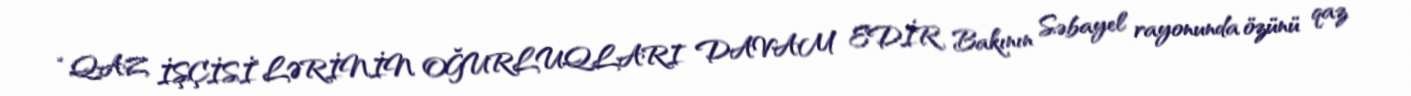
“QAZ İŞÇİSİ”LƏRİNİN OĞURLUQLARI DAVAM EDİR Bakının Səbayel rayonunda özünü qaz